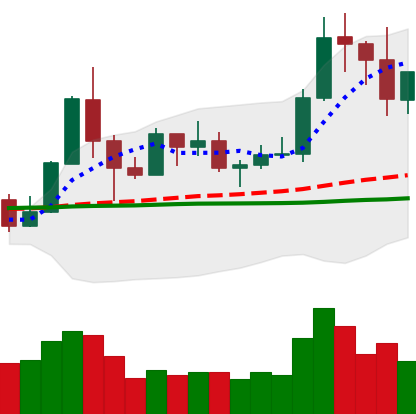
Ticker: TRX-USD
Chart end date: 2019-05-31
Forward return: 3.704%
Label: up_3_5